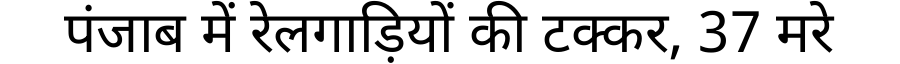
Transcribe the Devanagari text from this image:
पंजाब में रेलगाड़ियों की टक्कर, 37 मरे